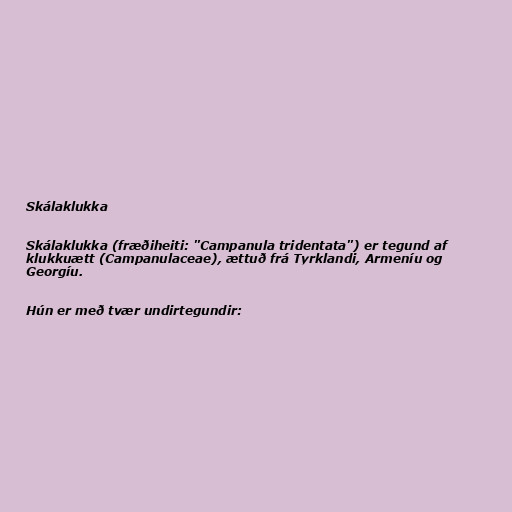
Skálaklukka

Skálaklukka (fræðiheiti: "Campanula tridentata") er tegund af
klukkuætt (Campanulaceae), ættuð frá Tyrklandi, Armeníu og
Georgíu.

Hún er með tvær undirtegundir: